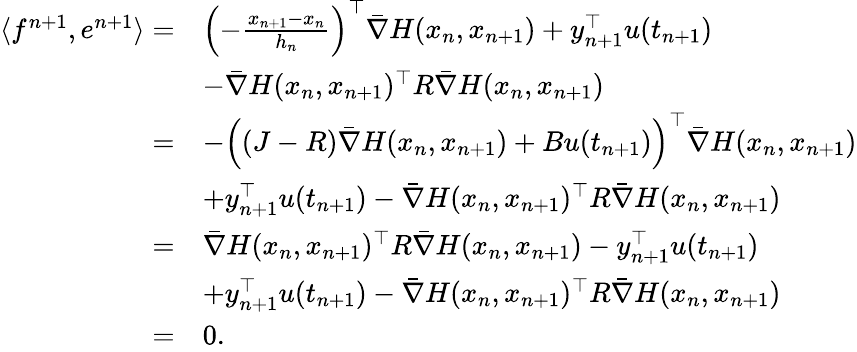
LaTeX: \begin{array}{rl}{\langle f^{n+1},e^{n+1}\rangle=}&{\left(-\frac{x_{n+1}-x_{n}}{h_{n}}\right)^{\top}\bar{\nabla}H(x_{n},x_{n+1})+y_{n+1}^{\top}u(t_{n+1})}\\ &{-\bar{\nabla}H(x_{n},x_{n+1})^{\top}R\bar{\nabla}H(x_{n},x_{n+1})}\\ {=}&{-\left((J-R)\bar{\nabla}H(x_{n},x_{n+1})+Bu(t_{n+1})\right)^{\top}\bar{\nabla}H(x_{n},x_{n+1})}\\ &{+y_{n+1}^{\top}u(t_{n+1})-\bar{\nabla}H(x_{n},x_{n+1})^{\top}R\bar{\nabla}H(x_{n},x_{n+1})}\\ {=}&{\bar{\nabla}H(x_{n},x_{n+1})^{\top}R\bar{\nabla}H(x_{n},x_{n+1})-y_{n+1}^{\top}u(t_{n+1})}\\ &{+y_{n+1}^{\top}u(t_{n+1})-\bar{\nabla}H(x_{n},x_{n+1})^{\top}R\bar{\nabla}H(x_{n},x_{n+1})}\\ {=}&{0.}\end{array}